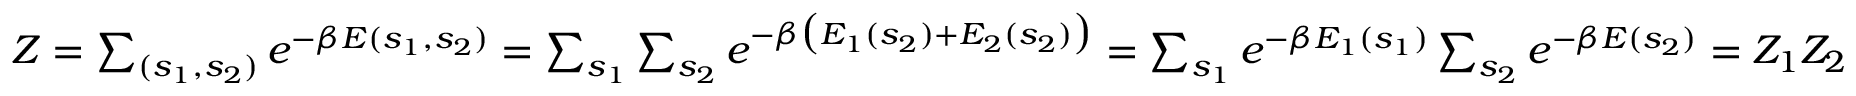
\begin{array} { r } { Z = \sum _ { ( s _ { 1 } , s _ { 2 } ) } e ^ { - \beta E ( s _ { 1 } , s _ { 2 } ) } = \sum _ { s _ { 1 } } \sum _ { s _ { 2 } } e ^ { - \beta \big ( E _ { 1 } ( s _ { 2 } ) + E _ { 2 } ( s _ { 2 } ) \big ) } = \sum _ { s _ { 1 } } e ^ { - \beta E _ { 1 } ( s _ { 1 } ) } \sum _ { s _ { 2 } } e ^ { - \beta E ( s _ { 2 } ) } = Z _ { 1 } Z _ { 2 } } \end{array}